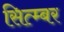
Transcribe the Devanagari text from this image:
सित्म्बर